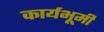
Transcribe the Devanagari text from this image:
कार्यभूमी